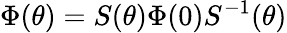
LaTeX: \Phi(\theta)=S(\theta)\Phi(0)S^{-1}(\theta)